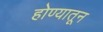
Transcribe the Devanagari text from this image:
होण्यातून